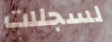
لسجلات